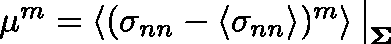
\begin{array} { r } { \mu ^ { m } = \left\langle ( \sigma _ { n n } - \left\langle \sigma _ { n n } \right\rangle ) ^ { m } \right\rangle \big \vert _ { \mathbf { \Sigma } } } \end{array}